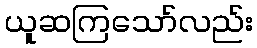
ယူဆကြသော်လည်း